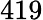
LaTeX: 419